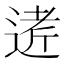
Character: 𲅟